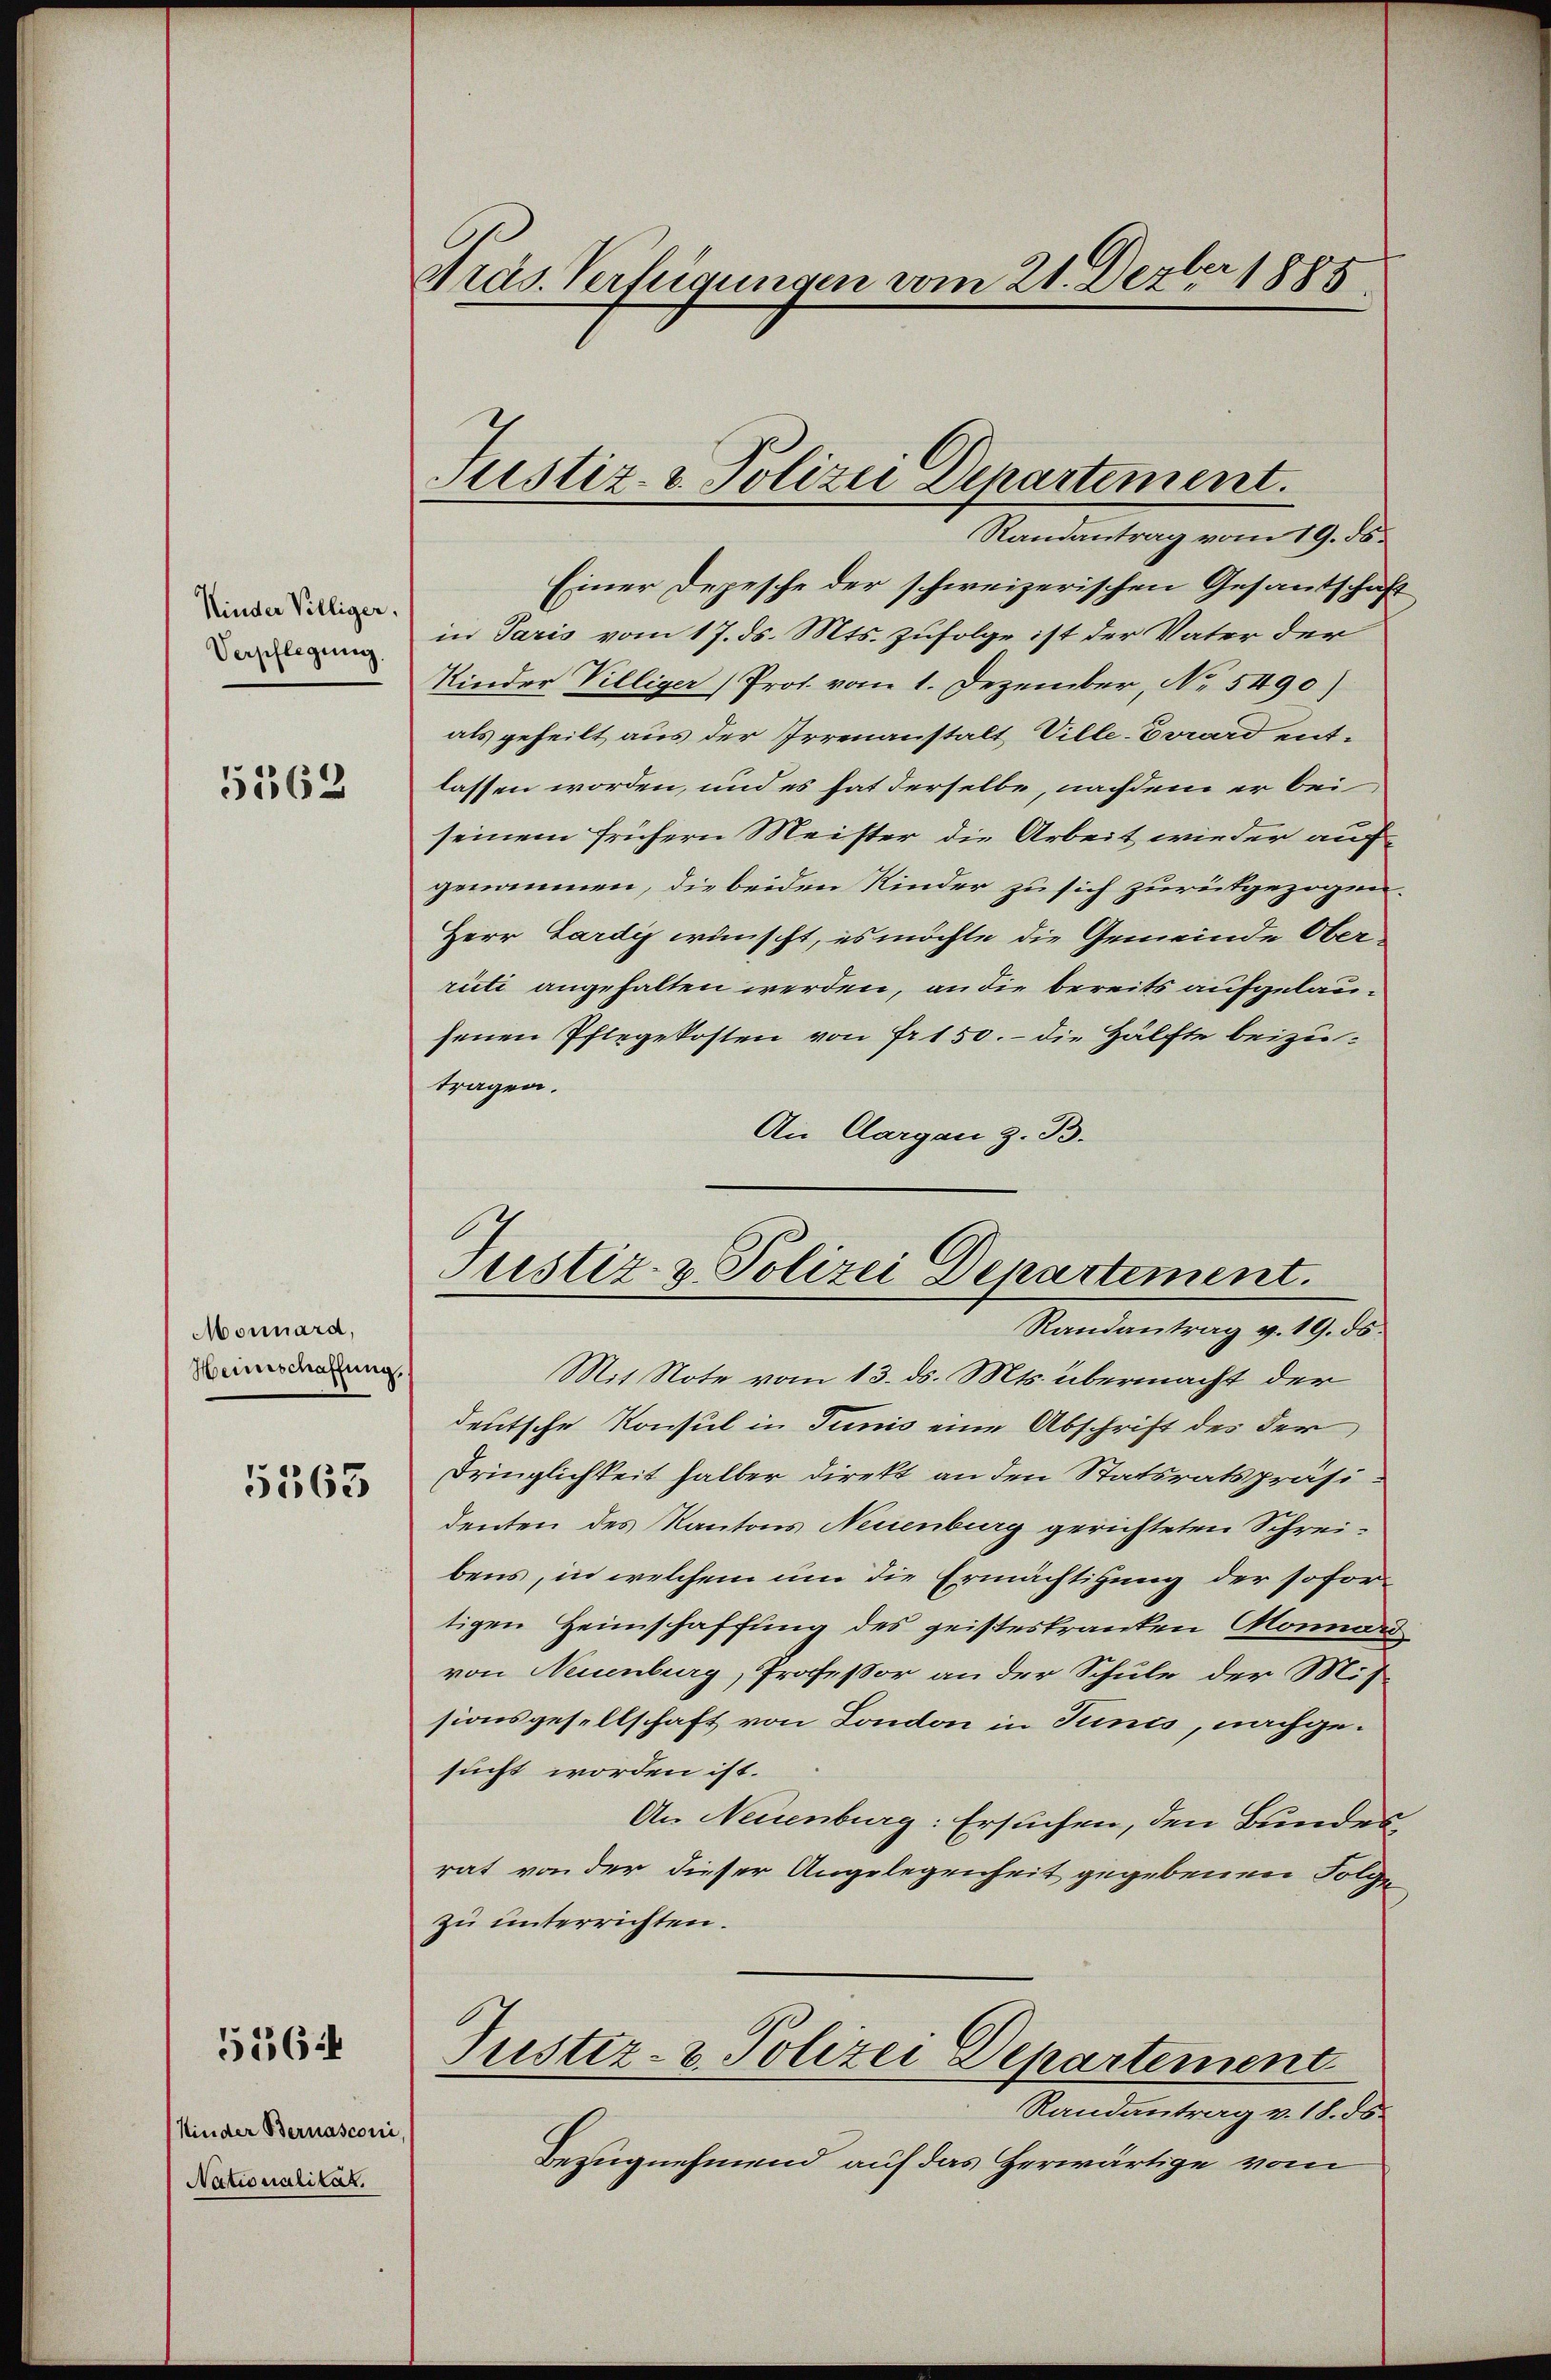
Kinder Villiger,
Verpflegung

5562

Monnard,
Heinschaffung.

5563

Kinder Bernasconi
Nationalität.

5164

Dräs. Vertigungen vom 21. Dezbr 1885

Justiz- & Polizei Departement.

Justiz- & Polizei Departement.
Randantrag v. 19. ds.

Randantrag vom 19. ds.
Einer Depesche der schweizerischen Gesandschaf
in Paris vom 17. ds. Mts. zufolge ist der Vater der
Kinder Villiger (Prot. vom 1. Dezember, No 5490)
als geheilt aus der Irrenanstalt Ville-Erwird entlassen worden, und es hat derselbe, nachdem er bei
seinem frühern Meister die Arbeit wieder aufgenommen, die beiden Kinder zu sich zurükgezogen
Herr Gardig wünscht, es möchte die Gemeinde Oberrüti angehalten werden, an die bereits aufgelausenen Pflegekosten von Fr. 150. – die Hälfte beizutragen.
An Aargau z. B.
Mit Note vom 13. ds. Mts. übermacht der
deutsche Konsul in Junis eine Abschrift des der
Dringlichkeit halber direkt an den Statsratspräsidenten des Kantons Neuenburg gerichteten Schreibens, in welchem um die Ermächtigung der sofor
tigen Heimschaffung des geisteskranken Monnai
von Neuenburg, Professor an der Schule der Mit
sionsgesellschaft von London in Tunis, nachgesucht worden ist.
An Neuenburg: Ersuchen, den Bundes,
rat von der dieser Angelegenheit gegebenen Folge
zu unterrichten.
Justiz- & Polizei Departement
Randantrag v. 18. 58.
Bezugnehmend auf das Herwärtige vom